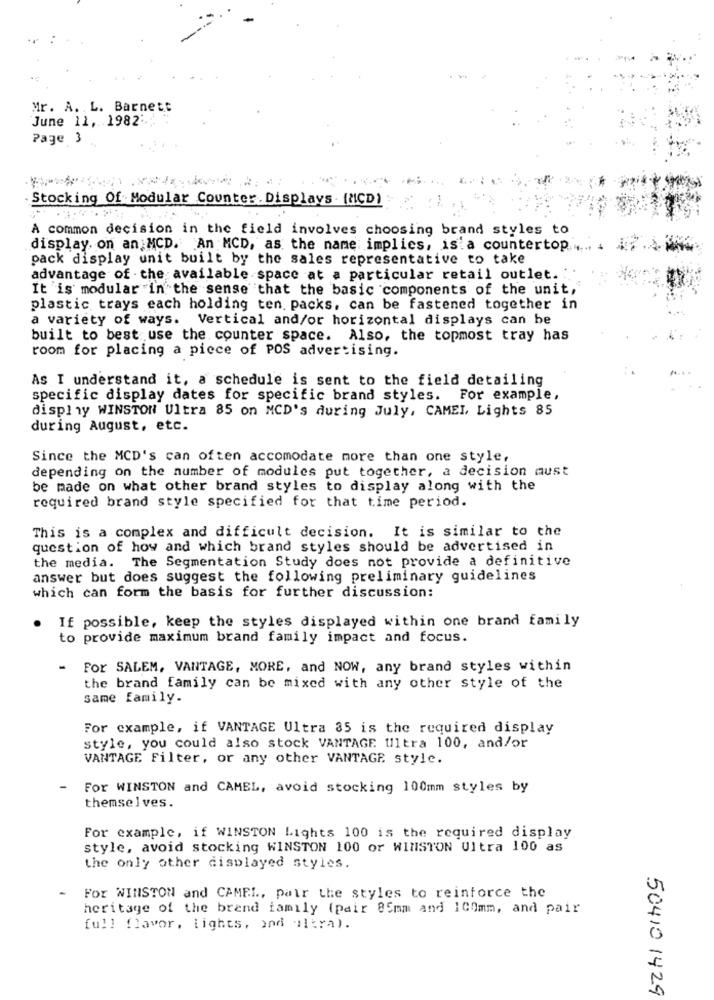
Mr. A. L. Barnett
June 11, 1982
Page 3
Stocking Of Modular Counter . Displays . (NICD)
A common decision in the field involves choosing brand styles to
display on an MCD. An MCD, as the name implies, is a countertop
pack display unit built by the sales representative to take
advantage of - the available space at a particular retail outlet.
It is modular in the sense that the basic components of the unit,
plastic trays each holding ten. packs, can be fastened together in
a variety of ways. Vertical and/or horizontal displays can be
built to best use the counter space. Also, the topmost tray has
room for placing a piece of POS advertising.
As I understand it, a schedule is sent to the field detailing
specific display dates for specific brand styles. For example,
display WINSTON Ultra 85 on MCD's during July, CAMEL, Lights 85
during August, etc.
Since the MCD's can often accomodate more than one style,
depending on the number of modules put together, a decision must
be made on what other brand styles to display along with the
required brand style specified for that time period.
This is a complex and difficult decision. It is similar to the
question of how and which brand styles should be advertised in
the media. The Segmentation Study does not provide a definitive
answer but does suggest the following preliminary guidelines
which can form the basis for further discussion:
If possible, keep the styles displayed within one brand family
.
to provide maximum brand family impact and focus.
- For SALEM, VANTAGE, MORE, and NOW, any brand styles within
the brand family can be mixed with any other style of the
same family.
For example, if VANTAGE Ultra 35 is the required display
style, you could also stock VANTAGE Ultra 100, and/or
VANTAGE Filter, or any other VANTAGE style.
For WINSTON and CAMEL, avoid stocking 100mm styles by
themselves.
For example, if WINSTON Lights 100 is the required display
style, avoid stocking WINSTON 100 or WINSTON Ultra 100 as
the only other displayed styles.
For WINSTON and CAMEL, pair the styles to reinforce the
heritage of the brand family (pair 85mm and 100mm, and pair
full flavor, lights, and ultra).
50410 1429